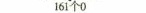
161个0